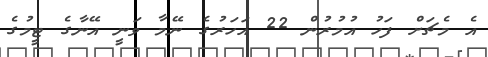
އެ މެޗަށް ފަހު އުމުރުން 22 އަހަރުގެ ނޭމާ ވަނީ އޭނާގެ ޓީމުގެ